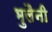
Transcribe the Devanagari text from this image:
भुलैनी